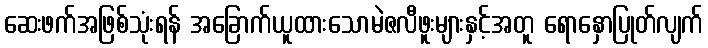
ဆေးဖက်အဖြစ်သုံးရန် အခြောက်ယူထားသောမဲဇလီဖူးများနှင့်အတူ ရောနှောပြုတ်လျက်